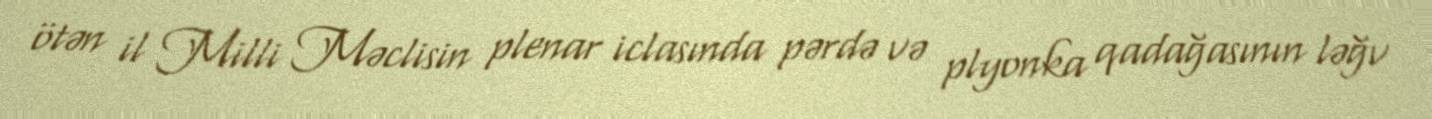
ötən il Milli Məclisin plenar iclasında pərdə və plyonka qadağasının ləğv